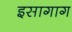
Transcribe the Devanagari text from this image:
इसागाग